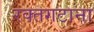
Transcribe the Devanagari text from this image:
रक्तगटाना